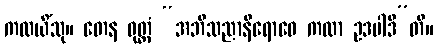
ကထယိံသု။ တေန ဝုတ္တံ “အဘိသညာနိရောဓေ ကထာ ဥဒပါဒီ”တိ။